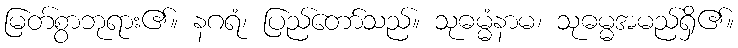
မြတ်စွာဘုရား၏။ နဂရံ၊ ပြည်တော်သည်။ သုဓမ္မံနာမ၊ သုဓမ္မအမည်ရှိ၏။